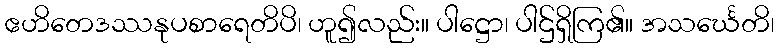
ဧဟိတေဒဿနုပစာရေတိပိ၊ ဟူ၍လည်း။ ပါဋ္ဌော၊ ပါဌ်ရှိကြ၏။ အသင်္ဃေတိ၊